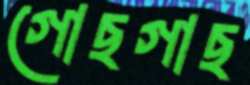
গোছগাছ